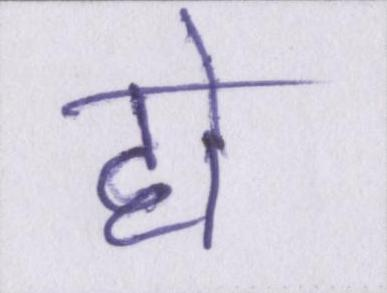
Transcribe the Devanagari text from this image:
हो